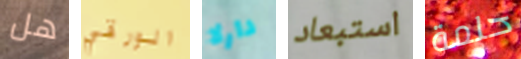
هل الورقي دارلا استبعاد حلمة